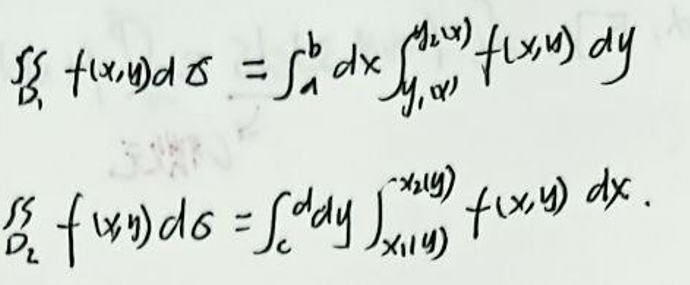
\(\iint_{\Omega_1} f(x,y)d\sigma = \int_{a}^{b} dx \int_{y_1(x)}^{y_2(x)} f(x,y) dy\)\\
\(\iint_{\Omega_2} f(x,y)d\sigma = \int_{c}^{d} dy \int_{x_1(y)}^{x_2(y)} f(x,y) dx\)